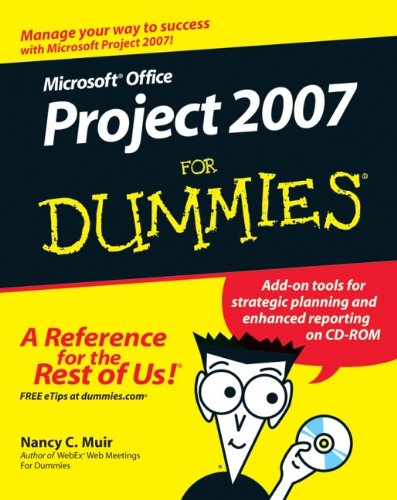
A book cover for Microsoft Office Project 2007 For Dummies; Nancy C. Muir; Computers & Technology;